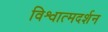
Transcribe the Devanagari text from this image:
विश्वात्मदर्शन